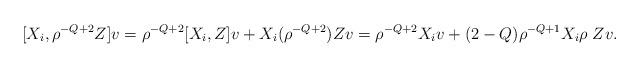
LaTeX: \begin{align*}[X_i,\rho^{-Q+2}Z]v = \rho^{-Q+2}[X_i, Z]v+X_i(\rho^{-Q+2})Zv=\rho^{-Q+2}X_iv+(2-Q) \rho^{-Q+1}X_i\rho \;Zv.\end{align*}